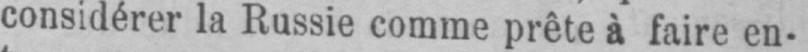
considérer la Russie comme prête à faire en-